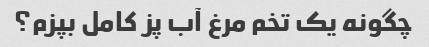
چگونه یک تخم مرغ آب پز کامل بپزم؟